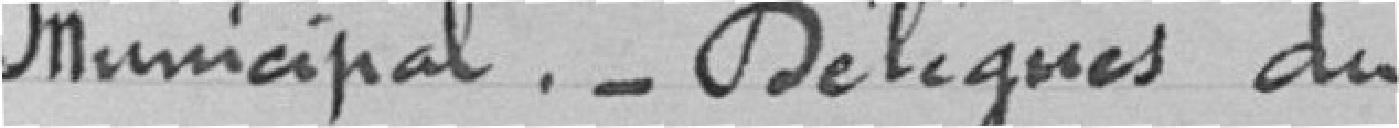
Municipal - Délégués du